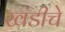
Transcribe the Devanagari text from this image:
खडीचे